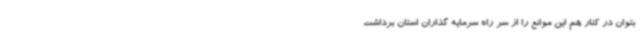
بتوان در کنار هم این موانع را از سر راه سرمایه گذاران استان برداشت